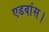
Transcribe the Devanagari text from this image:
एडवांस।